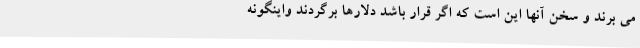
می برند و سخن آنها اين است كه اگر قرار باشد دلارها برگردند واینگونه